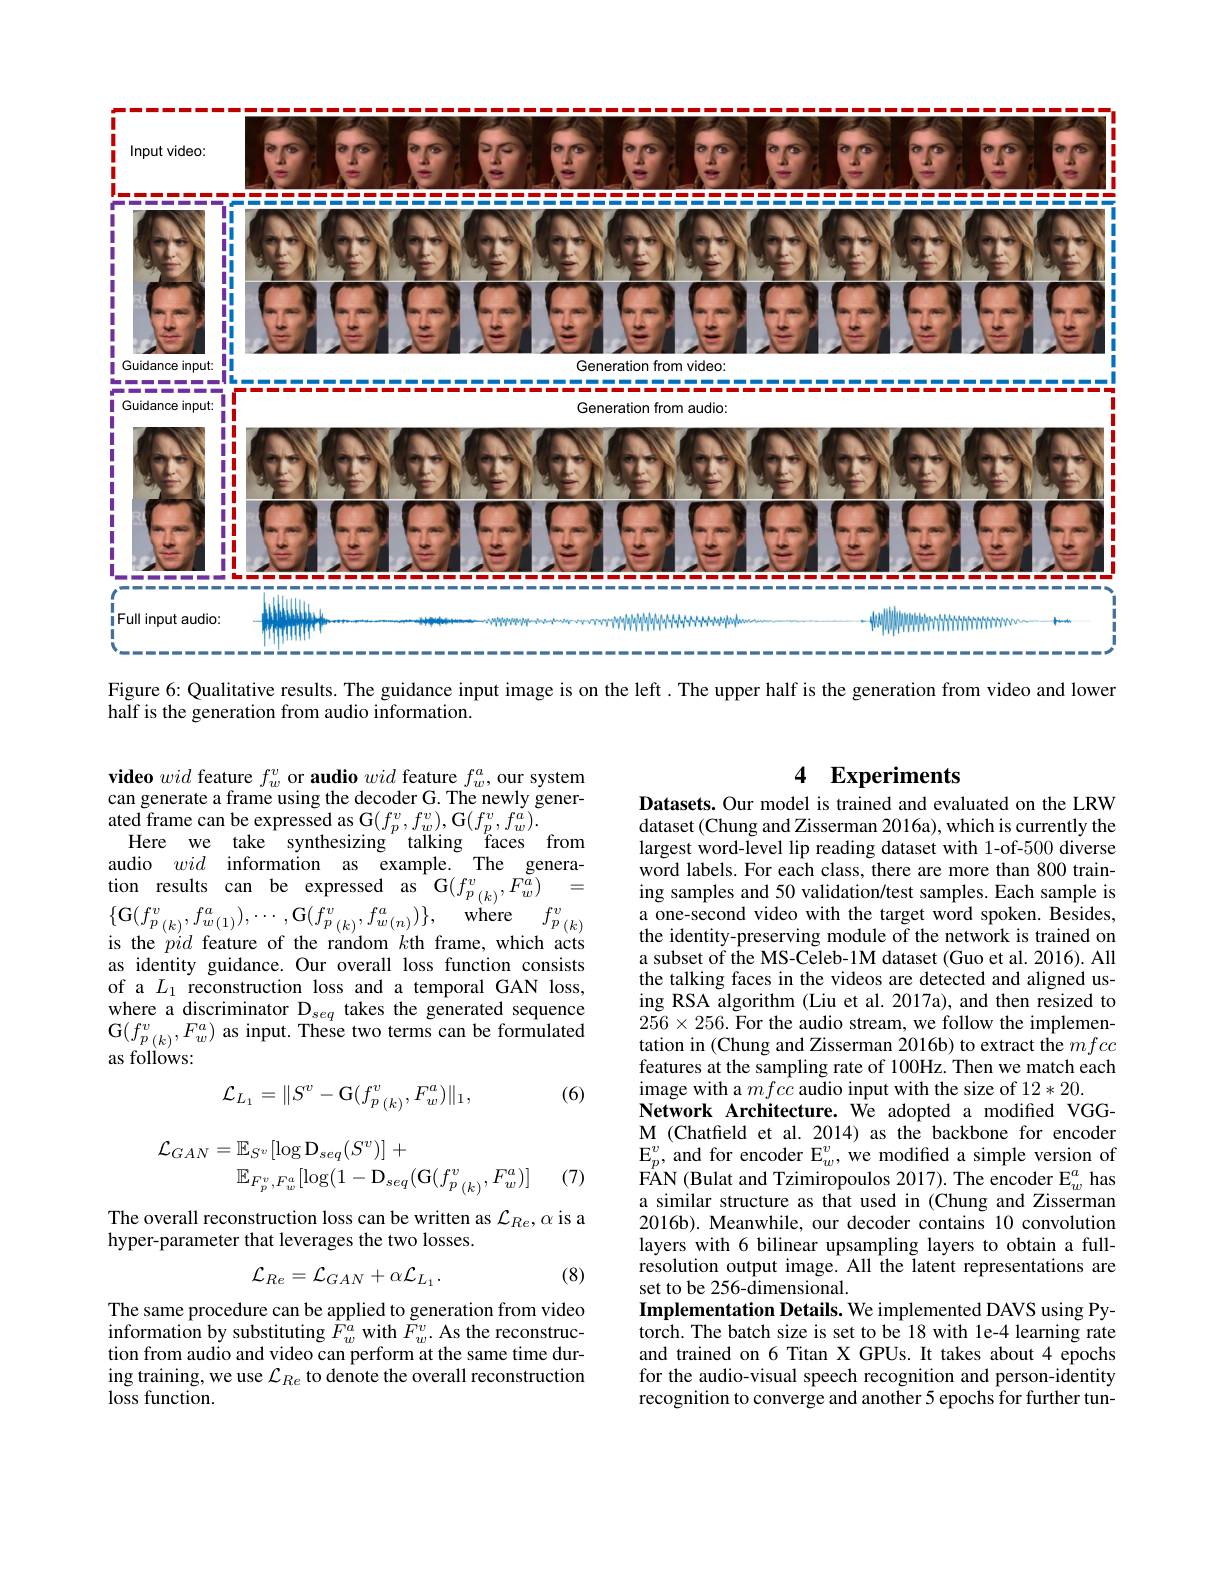
<FigureHere>
Figure 6: Qualitative results. The guidance input image is on the left. The upper half is the generation from video and lower

half is the generation from audio information.

### 4 Experiments

$\textbf{video }wid$ feature $f_w^v$ or audio wid feature $f_w^a$,our system can generate a frame using the decoder G. The newly generated frame can be expressed as G$(f_{p}^{v},f_{w}^{v})$,G$(f_{p}^{v},f_{w}^{a}).$
Here we take synthesizing talking faces from audio wid information as example. The generation results can be expressed as G$(f_{p}_{(k)}^{v},F_{w}^{\tilde{a}})_{cw}=$ $\begin{array}{l}{\{\mathbf{G}(f_{p}^{v}_{(k)},f_{w(1)}^{a}),\cdots,\mathbf{G}(f_{p}^{v}_{(k)},f_{w(n)}^{a})\},\mathrm{~where~}f_{p}^{v}_{(k)}}\\{\mathrm{is~the~}pid~\mathrm{feature~of~the~random~}k\text{th frame,which}~\mathrm{acts}}\end{array}$ as identity guidance. Our overall loss function consists of a $L_1$ reconstruction loss and a temporal GAN loss, where a discriminator D$_seq$ takes the generated sequence $\begin{array}{l}{\mathrm{G}(f_{p\:(k)}^{v},F_{w}^{a})\text{ as input. These two terms can be formulated}}\\{\mathrm{as~follows:}}\end{array}$

(6)

Datasets. Our model is trained and evaluated on the LRW dataset (Chung and Zisserman 2016a), which is currently the largest word-level lip reading dataset with 1-of-500 diverse word labels. For each class, there are more than 800 training samples and 50 validation/test samples. Each sample is a one-second video with the target word spoken. Besides, the identity-preserving module of the network is trained on a subset of the MS-Celeb-1M dataset (Guo et al. 2016). All the talking faces in the videos are detected and aligned using RSA algorithm (Liu et al. 2017a), and then resized to $256\times256.$ For the audio stream, we follow the implementation in (Chung and Zisserman 2016b) to extract the mfcc features at the sampling rate of 100Hz. Then we match each image with a mfcc audio input with the size of 12*20.
Network Architecture. We adopted a modified VGGM (Chatfeld et al.2014) as the backbone for encoder $\mathrm{E}_{p}^{v}$, and for encoder E$_w^v$, we modifted a simple version of $\mathrm{FAN~(Bulat~and~Tzimiropoulos~2017).~The~encoder~E}_{w}^{a}$has a similar structure as that used in (Chung and Zisserman 2016b). Meanwhile, our decoder contains 10 convolution layers with 6 bilinear upsampling layers to obtain a fullresolution output image. All the latent representations are set to be 256-dimensional.
Implementation Details. We implemented DAVS using Pytorch. The batch size is set to be 18 with le-4 learning rate and trained on 6 Titan X GPUs. It takes about 4 epochs for the audio-visual speech recognition and person-identity recognition to converge and another 5 epochs for further tun-
$$\mathcal{L}_{L_1}=\|S^v-\mathrm{G}(f_{p\:(k)}^v,F_w^a)\|_1,$$
$$\begin{aligned}\mathcal{L}_{GAN}&=\mathbb{E}_{S^{v}}[\log\mathrm{D}_{seq}(S^{v})]\:+\\&\mathbb{E}_{F_{p}^{v},F_{w}^{a}}[\log(1-\mathrm{D}_{seq}(\mathrm{G}(f_{p}^{v}_{(k)},F_{w}^{a})]\end{aligned}$$
(7)

The overall reconstruction loss can be written as $\mathcal{L}_Re,\alpha$ is a
hyper-parameter that leverages the two losses.
$$\mathcal{L}_{Re}=\mathcal{L}_{GAN}+\alpha\mathcal{L}_{L_{1}}.$$
(8)

The same procedure can be applied to generation from video $\hat{\text{information by substituting }\hat{F}}_{w}^{a}$with $\tilde{F}_{w}^{v}.$ As the reconstruction from audio and video can perform at the same time during training, we use $\mathcal{L}_Re$ to denote the overall reconstruction loss function.